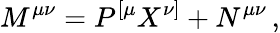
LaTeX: M^{\mu\nu}=P^{[\mu}X^{\nu]}+N^{\mu\nu}\, ,